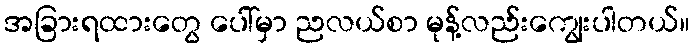
အခြားရထားတွေ ပေါ်မှာ ညလယ်စာ မုန့်လည်းကျွေးပါတယ်။